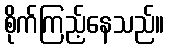
စိုက်ကြည့်နေသည်။